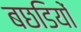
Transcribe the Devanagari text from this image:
बछडियों